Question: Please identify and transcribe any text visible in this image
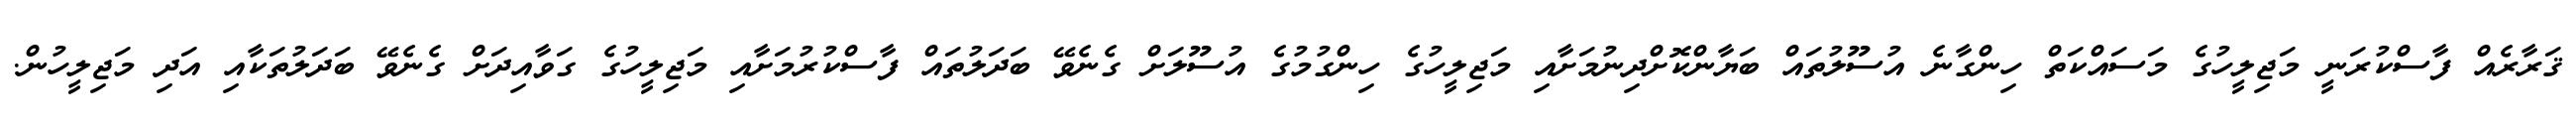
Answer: ޤަރާރެއް ފާސްކުރަނީ މަޖިލީހުގެ މަސައްކަތް ހިންގާނެ އުސޫލުތައް ބަޔާންކޮށްދިނުމަށާއި މަޖިލީހުގެ ހިންގުމުގެ އުސޫލަށް ގެނެވޭ ބަދަލުތައް ފާސްކުރުމަށާއި މަޖިލީހުގެ ގަވާއިދަށް ގެނެވޭ ބަދަލުތަކާއި އަދި މަޖިލީހުން.